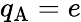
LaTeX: q_{\mathrm{A}}=e